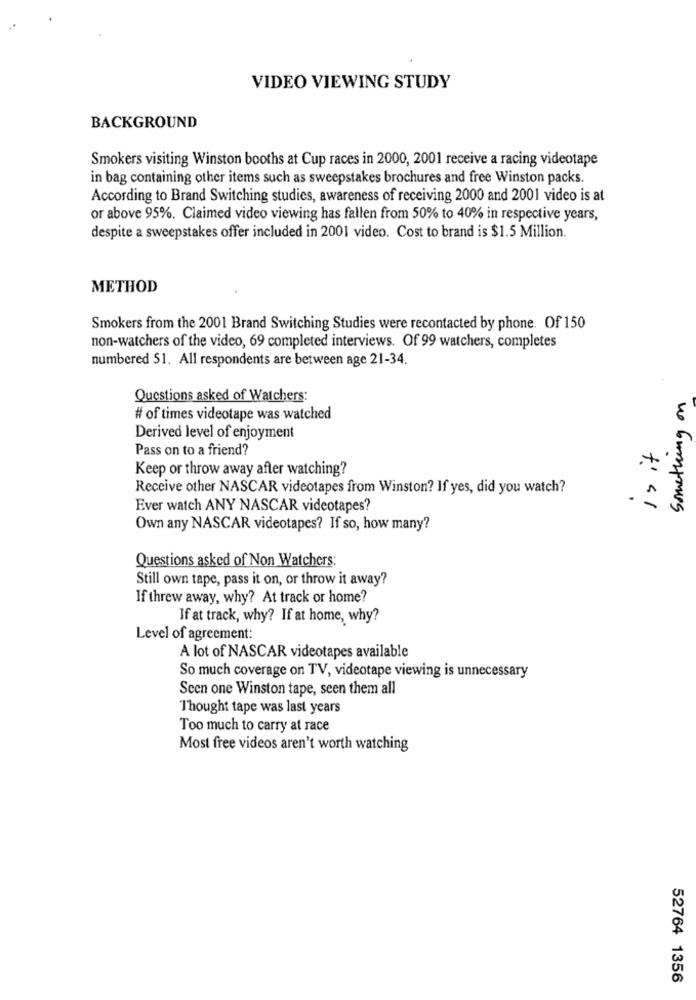
VIDEO VIEWING STUDY
BACKGROUND
Smokers visiting Winston booths at Cup races in 2000, 2001 receive a racing videotape
in bag containing other items such as sweepstakes brochures and free Winston packs.
According to Brand Switching studies, awareness of receiving 2000 and 2001 video is at
or above 95%. Claimed video viewing has fallen from 50% to 40% in respective years,
despite a sweepstakes offer included in 2001 video. Cost to brand is $1.5 Million.
METHOD
Smokers from the 2001 Brand Switching Studies were recontacted by phone. Of 150
non-watchers of the video, 69 completed interviews. Of 99 watchers, completes
numbered 51. All respondents are between age 21-34.
something on
Questions asked of Watchers:
# of times videotape was watched
Derived level of enjoyment
Pass on to a friend?
Keep or throw away after watching?
Receive other NASCAR videotapes from Winston? If yes, did you watch?
Ever watch ANY NASCAR videotapes?
Own any NASCAR videotapes? If so, how many?
Questions asked of Non Watchers:
Still own tape, pass it on, or throw it away?
If threw away, why? At track or home?
If at track, why? If at home, why?
Level of agreement:
A lot of NASCAR videotapes available
So much coverage on TV, videotape viewing is unnecessary
Scen one Winston tape, seen them all
Thought tape was last years
Too much to carry at race
Most free videos aren't worth watching
52764 1356